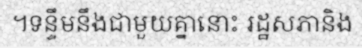
។ទន្ទឹមនឹងជាមួយគ្នានោះ រដ្ឋសភានិង